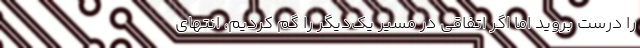
را درست بروید اما اگر اتفاقی در مسیر یک‌دیگر را گم کردیم، انتهای